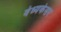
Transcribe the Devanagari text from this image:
वंध्यकेसर